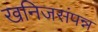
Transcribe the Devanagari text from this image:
खनिजसंपन्न